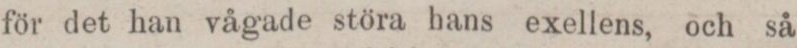
för det han vågade störa hans exellens, och så